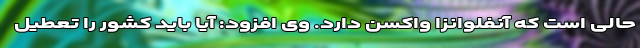
حالی است که آنفلوانزا واکسن دارد. وی افزود: آیا باید کشور را تعطیل